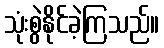
သုံးစွဲနိုင်ခဲ့ကြသည်။